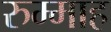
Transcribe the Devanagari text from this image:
रुम्माह